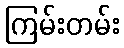
ကြမ်းတမ်း